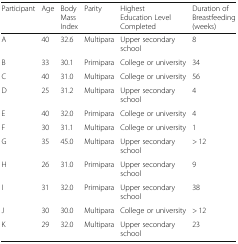
<table><thead><tr><td><b>Participant</b></td><td><b>Age</b></td><td><b>Body Mass Index</b></td><td><b>Parity</b></td><td><b>Highest Education Level Completed</b></td><td><b>Duration of Breastfeeding (weeks)</b></td></tr></thead><tbody><tr><td>A</td><td>40</td><td>32.6</td><td>Multipara</td><td>Upper secondary school</td><td>8</td></tr><tr><td>B</td><td>33</td><td>30.1</td><td>Primipara</td><td>College or university</td><td>34</td></tr><tr><td>C</td><td>40</td><td>31.0</td><td>Multipara</td><td>College or university</td><td>56</td></tr><tr><td>D</td><td>25</td><td>31.2</td><td>Multipara</td><td>Upper secondary school</td><td>4</td></tr><tr><td>E</td><td>40</td><td>32.0</td><td>Primipara</td><td>College or university</td><td>4</td></tr><tr><td>F</td><td>30</td><td>31.1</td><td>Multipara</td><td>College or university</td><td>1</td></tr><tr><td>G</td><td>35</td><td>45.0</td><td>Multipara</td><td>Upper secondary school</td><td>&gt; 12</td></tr><tr><td>H</td><td>26</td><td>31.0</td><td>Primipara</td><td>Upper secondary school</td><td>9</td></tr><tr><td>I</td><td>31</td><td>32.0</td><td>Primipara</td><td>Upper secondary school</td><td>38</td></tr><tr><td>J</td><td>30</td><td>30.0</td><td>Multipara</td><td>College or university</td><td>&gt; 12</td></tr><tr><td>K</td><td>29</td><td>32.0</td><td>Multipara</td><td>Upper secondary school</td><td>23</td></tr></tbody></table>